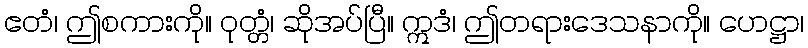
ဧတံ၊ ဤစကားကို။ ဝုတ္တံ၊ ဆိုအပ်ပြီ။ ဣဒံ၊ ဤတရားဒေသနာကို။ ဟေဋ္ဌာ၊